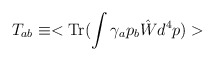
\begin{align*}T_{ab} \equiv <{\rm Tr}(\int \gamma_a p_b\hat{W} d^4p)>\end{align*}